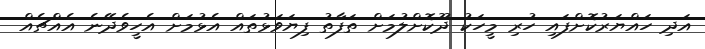
އަދި ހައްޔަރުކޮށްފައި ހުރި މީހަކު ދޫކޮށްލުމަށް ތަފާތު ފިޔަވަޅުތައް އެޅުމަށް އެހީވެދޭނެ އެއްޗެއް